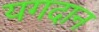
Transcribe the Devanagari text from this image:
यगदान